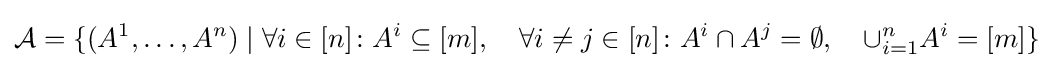
{\mathcal {A}}=\{(A^{1},\dots ,A^{n})\mid \forall i\in [n]\colon A^{i}\subseteq [m],\quad \forall i\neq j\in [n]\colon A^{i}\cap A^{j}=\emptyset ,\quad \cup _{i=1}^{n}A^{i}=[m]\}